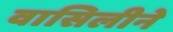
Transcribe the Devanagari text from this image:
वासिलीने